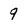
Character: 9